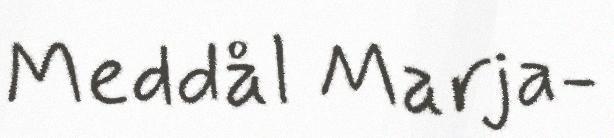
Meddål Marja-